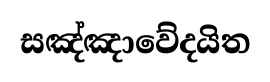
සඤ්ඤාවේදයිත